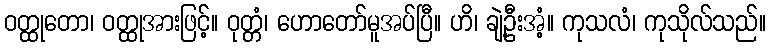
ဝတ္ထုတော၊ ဝတ္ထုအားဖြင့်။ ဝုတ္တံ၊ ဟောတော်မူအပ်ပြီ။ ဟိ၊ ချဲ့ဦးအံ့။ ကုသလံ၊ ကုသိုလ်သည်။